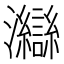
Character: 𤅇